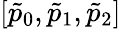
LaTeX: [\tilde{p}_{0},\tilde{p}_{1},\tilde{p}_{2}]